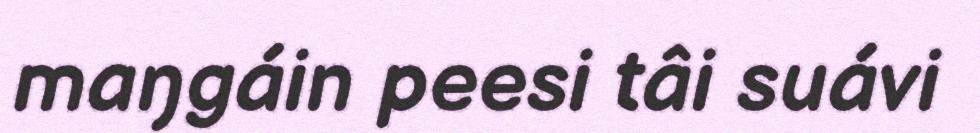
maŋgáin peesi tâi suávi